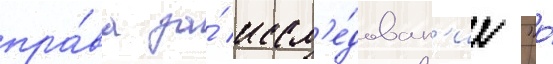
пра́ва за́ иссл'е́дован'ие "о́